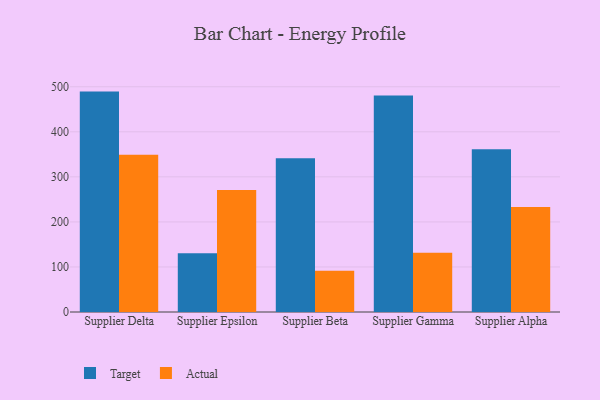
{"axis": {"x": "Supplier", "y": "Revenue (USD Million)"}, "legend": ["Actual", "Target"], "data": [{"x": "Supplier Delta", "y": 489.3, "type": "Target"}, {"x": "Supplier Delta", "y": 349.2, "type": "Actual"}, {"x": "Supplier Epsilon", "y": 130.3, "type": "Target"}, {"x": "Supplier Epsilon", "y": 271.0, "type": "Actual"}, {"x": "Supplier Beta", "y": 341.1, "type": "Target"}, {"x": "Supplier Beta", "y": 91.6, "type": "Actual"}, {"x": "Supplier Gamma", "y": 480.6, "type": "Target"}, {"x": "Supplier Gamma", "y": 131.7, "type": "Actual"}, {"x": "Supplier Alpha", "y": 361.4, "type": "Target"}, {"x": "Supplier Alpha", "y": 233.3, "type": "Actual"}]}